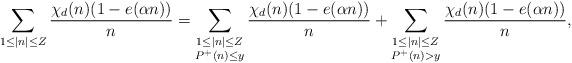
LaTeX: \begin{align*}\sum_{1\leq |n|\leq Z} \frac{\chi_d(n) (1-e(\alpha n))}{n}= \sum_{\substack{1\leq |n|\leq Z\\ P^{+}(n)\leq y}} \frac{\chi_d(n) (1-e(\alpha n))}{n}+\sum_{\substack{1\leq |n|\leq Z\\ P^{+}(n)> y}}\frac{\chi_d(n) (1-e(\alpha n))}{n}, \end{align*}